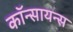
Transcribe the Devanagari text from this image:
कॉन्सायन्स